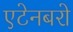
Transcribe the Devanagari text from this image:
एटेनबरो